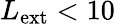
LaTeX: L_{\mathrm{ext}}<10